Senior Leaving Certificate Examination (including Day School Certificate (Higher) General paper), 1948
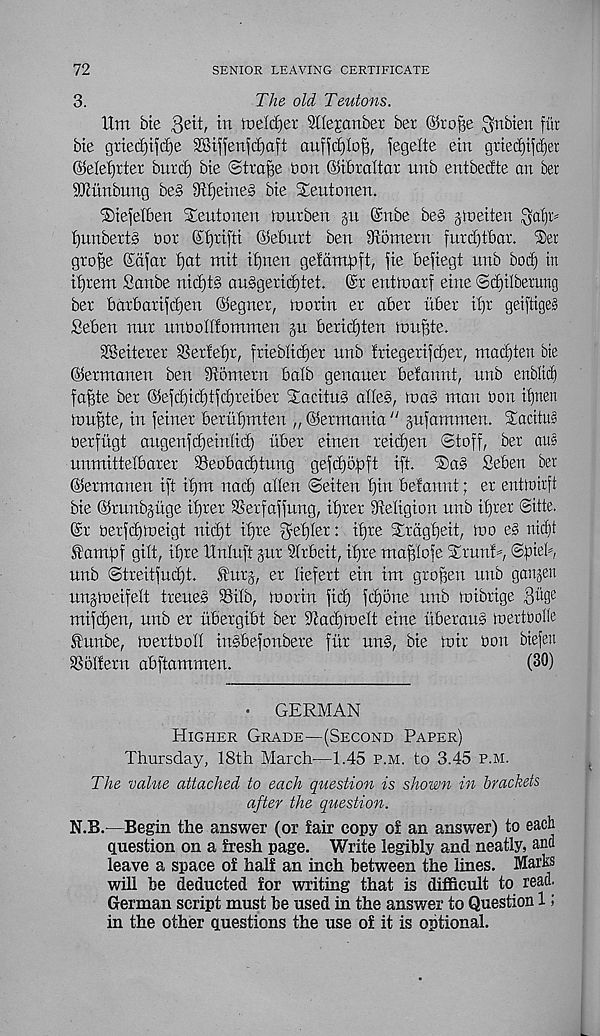
72
3.
SENIOR LEAVING CERTIFICATE
The old Teutons.
Itm bte Beit, in roelcijer Sllejonber ber ©rofje ^nbten fitr
bte grie(f)ifd)e SBiffenfc^aft auffdjloff, fegelte ein grted)ifc^er
©elefjrter burd) bte Strajte bon ©ibraftor unb entbedte an ber
SUiunbung be§ 9ti)eine» bte Seutonen.
®iefelben Stentonen nmrben §u ©nbe be§ jtoeiten ga'^r^
i}itnberts oor ©£)ttftt ©eburt ben 9ibmeru furdjtbar. ®er
gro^e ©afar ijat tnit if)nett geidmftft, fie befiegt unb bod) in
intent Sanbe nid)tg au§gerid)tet. @r enttoarf eine ©d)ilberung
ber bbrbarifdjen ©egner, ioorin er aber itber if)r geiftige?
Seben nnr unOodfommen §u berid)ten ionite.
SBeiterer SSeriefjr, frieblidjer unb friegerifdjer, mad)ten bte
©erntanen ben 9iomern balb genauer belannt, unb enblic^
faffte ber ®efd)id)tfd)reiber StacitnS ades, toa§ man bon if)nen
trmffte, in feiner bernijmten „ ©ermania " gnfammen. Tacitus
berfitgt aitgenfdSrdid) tiber einen reicfjen ©toff, ber aus
unmittelbarer 58eobad)tung gefd)5pft ift. ®a§ Seben ber
©erntanen ift itjut nad) alien ©eiten t)in befannt; er enttbirft
bie ©runbguge itjrer Serfaffung, it)rer ^Religion unb itjrer ©itte.
©r berfdjineigt nid)t itjre ^e^Ier: it)re Srdgtjeit, mo e§ nid)t
f antpf gilt, it)re ttnluft jur SIrbeit, ifjre maBIofe Srunf^, ©ftieb,
unb ©treitfud)t. fttrj, er liefert ein int gro^ett nub ganjett
unjmeifelt trene§ Silb, morin fid) fc^one nnb mibrige Buge
mifd)en, nnb er ubergibt ber Dcadjmelt eine i’tberaus mertbolle
^unbe, mertbo'd inSbefonbere fur un§, bie mir bon biefen
SSoIfern abftammen.
(30)
•
GERMAN
Higher Grade—(Second Paper)
Thursday, 18th March'—1.45 p.m. to 3.45 p.m.
The value attached to each question is shown in brackets
after the question.
N.B.—Begin the answer (or fair copy o£ an answer) to each
question on a fresh page. Write legibly and neatly, and
leave a space of half an inch between the lines. Marks
will be deducted for writing that is difficult to read.
German script must be used in the answer to Question 1;
in the other questions the use of it is optional.